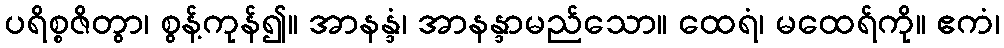
ပရိစ္စဇိတွာ၊ စွန့်ကုန်၍။ အာနန္ဒံ၊ အာနန္ဒာမည်သော။ ထေရံ၊ မထေရ်ကို။ ဧကံ၊